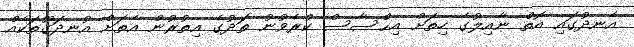
އެނދުގައި އޮތް ނާއިލުގެ ހިތަށް އިޙްސާސް ކުރެވުނު ތަދުގެ އިތުރުން އެތަށް އުނދަގޫތަކެއް